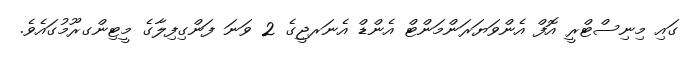
ގައި މިނިސްޓްރީ އޮފް އެންވަޔަރަންމަންޓް އެންޑް އެނަރޖީގެ 2 ވަނަ ފަންގިފިލާގެ މީޓިންގރޫމުގައެވެ.